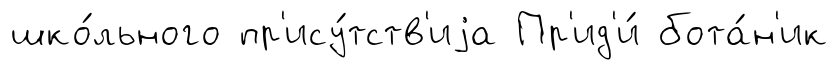
шко́льного пр'ису́тств'иjа Пр'ид'и́ бота́н'ик